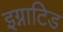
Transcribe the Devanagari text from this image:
इग्नाटिड